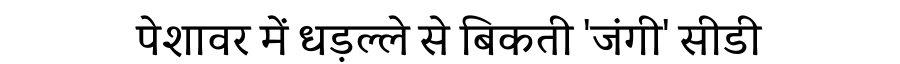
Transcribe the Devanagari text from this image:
पेशावर में धड़ल्ले से बिकती 'जंगी' सीडी